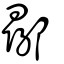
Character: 鄩